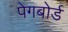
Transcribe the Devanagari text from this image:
पेगबोर्ड